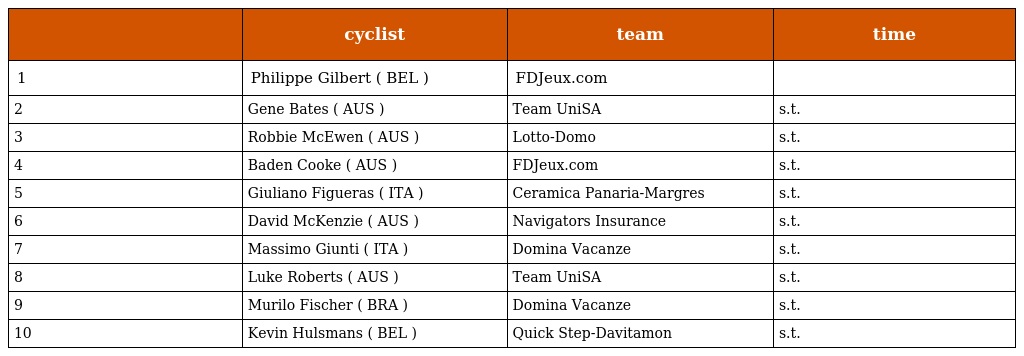
|  | cyclist | team | time |
 | --- | --- | --- | --- |
 | 1 | Philippe Gilbert ( BEL ) | FDJeux.com |  |
 | 2 | Gene Bates ( AUS ) | Team UniSA | s.t. |
 | 3 | Robbie McEwen ( AUS ) | Lotto-Domo | s.t. |
 | 4 | Baden Cooke ( AUS ) | FDJeux.com | s.t. |
 | 5 | Giuliano Figueras ( ITA ) | Ceramica Panaria-Margres | s.t. |
 | 6 | David McKenzie ( AUS ) | Navigators Insurance | s.t. |
 | 7 | Massimo Giunti ( ITA ) | Domina Vacanze | s.t. |
 | 8 | Luke Roberts ( AUS ) | Team UniSA | s.t. |
 | 9 | Murilo Fischer ( BRA ) | Domina Vacanze | s.t. |
 | 10 | Kevin Hulsmans ( BEL ) | Quick Step-Davitamon | s.t. |